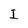
Character: I